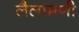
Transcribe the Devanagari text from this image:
लैलामणी